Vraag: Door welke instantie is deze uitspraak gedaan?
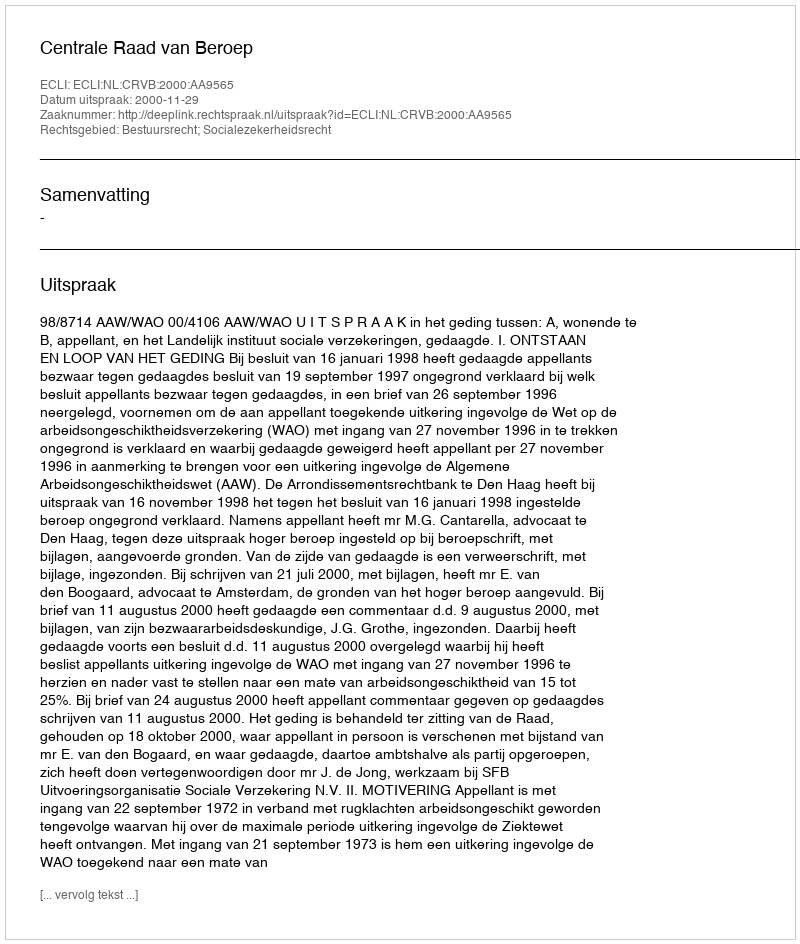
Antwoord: Centrale Raad van Beroep